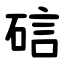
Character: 䂴